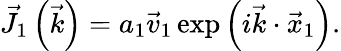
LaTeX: {\vec{J}}_{1}\left({\vec{k}}\right)=a_{1}{\vec{v}}_{1}\exp\left(i{\vec{k}}\cdot{\vec{x}}_{1}\right).